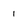
Character: i